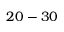
2 0 - 3 0